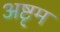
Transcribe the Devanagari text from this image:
अष्टृम